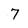
Character: 7